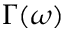
\Gamma ( \omega )